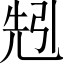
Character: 𠒒